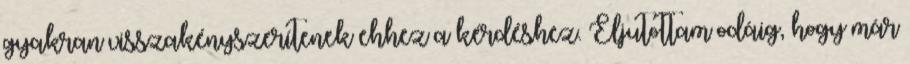
gyakran visszakényszerítenek ehhez a kérdéshez. Eljutottam odáig, hogy már